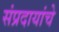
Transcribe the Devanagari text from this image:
संप्रदायांचे